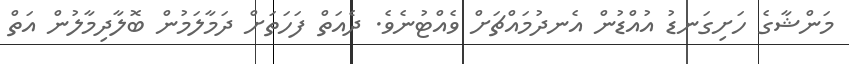
މަންޝާގެ ހަށިގަނޑު އުއްޑުން އެނދުމައްޗަށް ވެއްޓުނެވެ. ދެއަތް ފަހަތަށް ދަމާލަމުން ބޮލާދިމާލުން އަތް